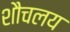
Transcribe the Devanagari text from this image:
शौचलय